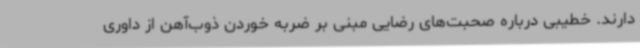
دارند. خطیبی درباره صحبت‌های رضایی مبنی بر ضربه خوردن ذوب‌آهن از داوری